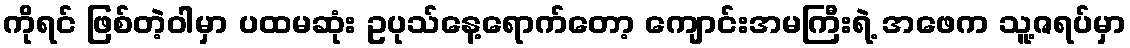
ကိုရင် ဖြစ်တဲ့ဝါမှာ ပထမဆုံး ဥပုသ်နေ့ရောက်တော့ ကျောင်းအမကြီးရဲ့ အဖေက သူ့ဇရပ်မှာ